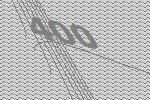
400